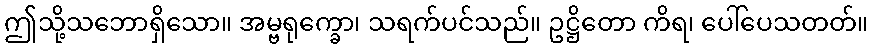
ဤသို့သဘောရှိသော။ အမ္ဗရုက္ခော၊ သရက်ပင်သည်။ ဥဋ္ဌိတော ကိရ၊ ပေါ်ပေသတတ်။